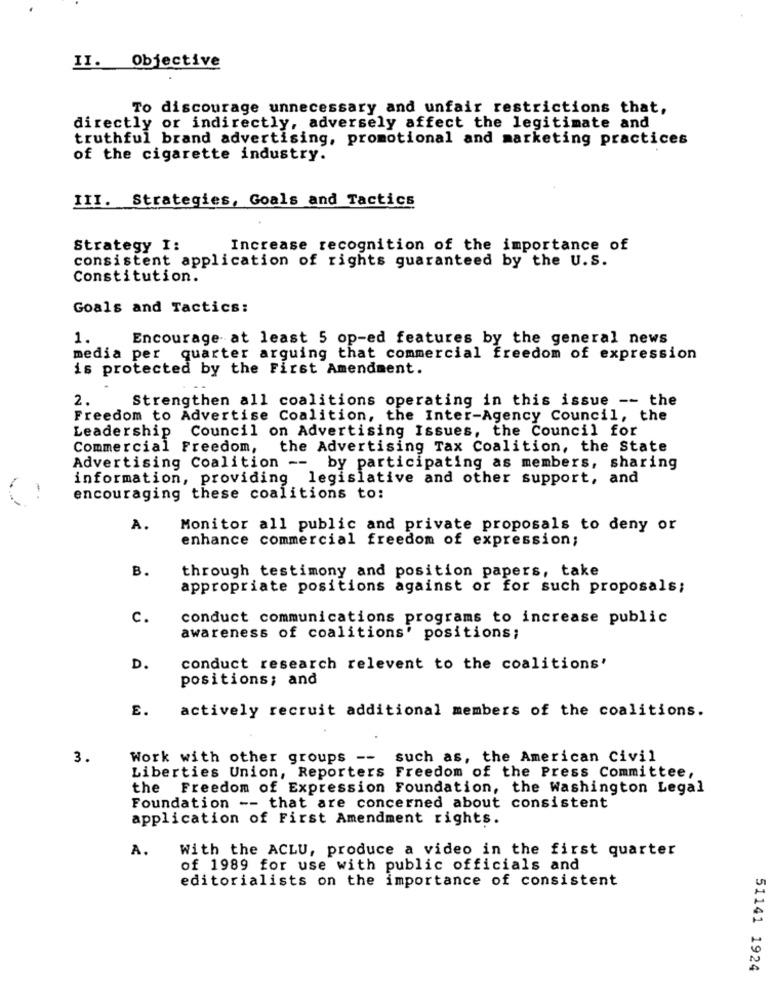
II. Objective
To discourage unnecessary and unfair restrictions that,
directly or indirectly, adversely affect the legitimate and
truthful brand advertising, promotional and marketing practices
of the cigarette industry.
III. Strategies, Goals and Tactics
Strategy I:
Increase recognition of the importance of
consistent application of rights guaranteed by the U.S.
Constitution.
Goals and Tactics:
1.
Encourage at least 5 op-ed features by the general news
media per quarter arguing that commercial freedom of expression
is protected by the First Amendment.
2.
Strengthen all coalitions operating in this issue -- the
Freedom to Advertise Coalition, the Inter-Agency Council, the
Leadership Council on Advertising Issues, the Council for
Commercial Freedom, the Advertising Tax Coalition, the State
Advertising Coalition -- by participating as members, sharing
information, providing legislative and other support, and
encouraging these coalitions to:
A.
Monitor all public and private proposals to deny or
enhance commercial freedom of expression;
B.
through testimony and position papers, take
appropriate positions against or for such proposals;
C.
conduct communications programs to increase public
awareness of coalitions' positions;
D.
conduct research relevent to the coalitions'
positions; and
E.
actively recruit additional members of the coalitions.
3.
Work with other groups -- such as, the American Civil
Liberties Union, Reporters Freedom of the Press Committee,
the Freedom of Expression Foundation, the Washington Legal
Foundation -- that are concerned about consistent
application of First Amendment rights.
A.
With the ACLU, produce a video in the first quarter
of 1989 for use with public officials and
editorialists on the importance of consistent
51141 1924